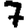
Digit: 7